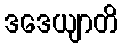
ဒဒေယျာတိ